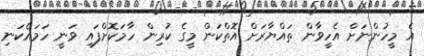
އެ މީހުންނަށް އެހީވާން ތައްޔާރަށް އޮތްކަން މީގެ ކުރިން ހާމަކޮށްފައި ވަނީ ހަމައެކަނި